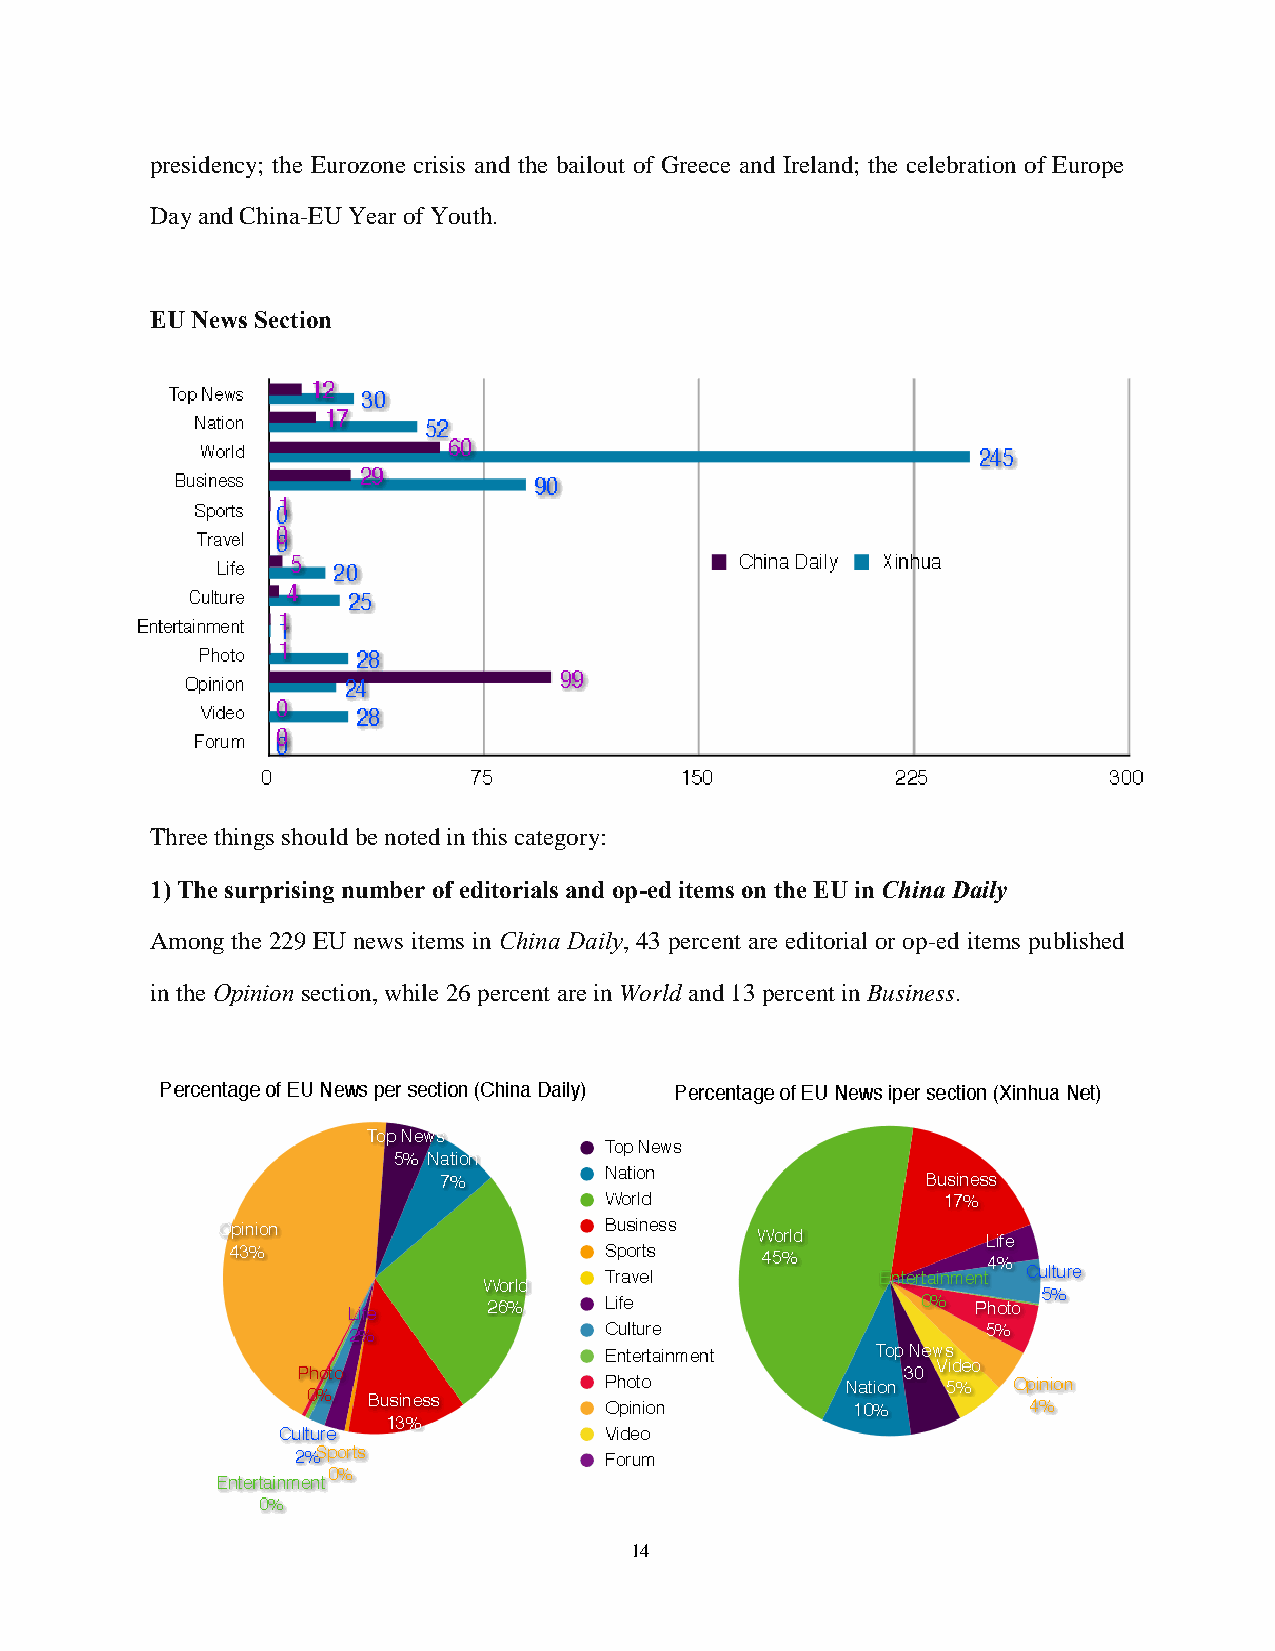
presidency; the Eurozone crisis and the bailout of Greece and Ireland; the celebration of Europe
 Day and China-EU Year of Youth.
 EU News Section
 Three things should be noted in this category:
 1) The surprising number of editorials and op-ed items on the EU in China Daily
 Among the 229 EU news items in China Daily, 43 percent are editorial or op-ed items published
 in the Opinion section, while 26 percent are in World and 13 percent in Business.
 14